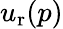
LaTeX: u_{\mathrm{r}}(p)